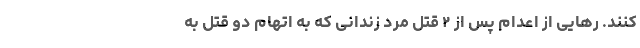
کنند. رهایی از اعدام پس از ۲ قتل مرد زندانی که به اتهام دو قتل به